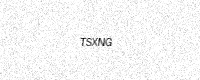
Text: TSXNG